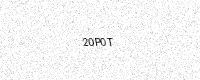
Text: 20P0T